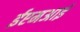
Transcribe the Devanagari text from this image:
ईएमअाई